Vital statistics of India. Vol. IV, Annual returns from 1871 to 1876. British Army of India, Native Army and jails of Bengal
Year: 1871
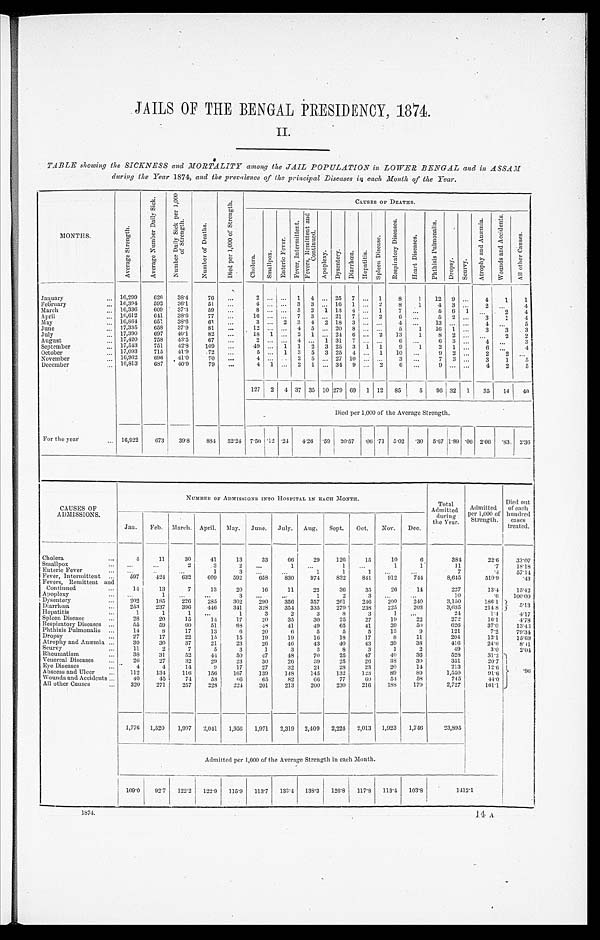
JAILS OF THE BENGAL PRESIDENCY, 1874.
II.
TABLE showing the SICKNESS and MORTALITY among the JAIL POPULATION in LOWER BENGAL and in ASSAM
during the Year 1874, and the prevalence of the principal Diseases in each Month of the Year.
MONTHS.
A v e r a g e s t r e n g t h .
A v e r a g e N u m b e r D a i l y S i c k .
N u m b e r D a i l y S i c k p e r 1 , 0 0 0 o f S t r e n g t h .
N u m b e r o f D e a t h s .
D i e d p e r 1 , 0 0 0 o f S t r e n g t h .
CAUSES OF DEATHS.
C h o l e r a . S m a l l p o x .
E n t e r i c F e v e r .
F e v e r , I n t e r m i t t e n t .
F e v e r s , R e m i t t e n t a n d
C o n t i n u e d .
A p o p l e x y .
D y s e n t e r y . D i a r r h œ a . H e p a t i t i s . S p l e e n D i s e a s e .
R e s p i r a t o r y D i s e a s e s .
H e a r t D i s e a s e s .
P h t h i s i s P u l m o n a l i s .
D r o p s y .
S c u r v y .
A t r o p h y a n d A n æ m i a .
W o u n d s a n d A c c i d e n t s .
A l l o t h e r C a u s e s .
January
16,299 626 38.4
76
2
1 4
25 7
1 8 1 12 9
4 1 1
February
16,394 592 36.1
51
4
3 3
16 1
2 8 1 4 3
2
4
March
16,336 609 37.3
59
8
5 2 1 13 4
1
7
5 6 1
2 4
April
16,612 641 38.6
77
16
7 3
21 7
2 6
5 2
3 1 4
M a y 16,864 651 38.6
61
3
2 3 4 2 18 3
4
1 3
4
5
June
17,335 658 37.9
81
12
4 5
20 8
5 1 16 1
3 3 3
J u l y 17,390 697 40.1
82
18 1
2 1
24 6
2 13 1 8 2
2 2
A u g i s t
17,420 758 43.5
67
2
4
1 3 1 7
6
6 3
4
3
September
17,543 751 42.8 109
49
1 1 2 3 25 3 1 1 9 1 2 1
6
4
October
17,093 715 41.9
72
5
1 3 5 3 25 4
1 10
9 2
2
2
November
16,962 696 41.0 70
4
2 5
27 10
3
7 3
3 1
5
December
1 6 , 8 1 3 687 40.9 79
4 1
2 1
34 9
2 6
9
4 2 5
127 2 4 37 35 10 279 69 1 12
8 5 5 96 32 1 35 14 40
Died per 1,000 of the Average Strength.
For the year
16,922 673 39.8 884 52.21 7.50 . 1 2 .24 4 . 2 6
.59 20.57 .06 .71 5.02 .30 5.67 1. 89 .06 2.06 .83 2.36
CAUSES OF
ADMISSIONS.
NUMBER OF ADMISSIONS INTO HOSPITAL IN EACH MONTH.
Total
Admitted
during
the Year.
Admitted
per 1,000 of
Strength.
Died out
of each
hundred cases
treated.
Jan. Feb. March. April. May. June. July. Aug. Sept. Oct. Nov. Dec.
Cholera
4
11
30
41
13
33
66
29 126
15
10
6
384
22.6 33.07
Smallpox
2
3
2
1
1
1
1
11
.7
18.18
Enteric Fever
1
3
1
1
1
7
.4
5 7 . 1 4
Fever, Intermittent
597 424 632 609 592 658 830 974 832 841 912 744
8,645
510.9
.43
Fevers, Remittent and
Continued
14
13
7
13
20
16
11
22
36
35
26
14
227
13.4 1 5 . 4 2
A p o p l e x y
Dysentery
202
1
185 226 285
3
302 290 356
1
357
2
261
3
246 200 240
1 0
3,150
. 6
186.1 100.00 5.13
Diarrhœa
253 237 396 446 341 328 354 335 279 238 225 203
3,635
214 8
Hepatitis
1
1
1
1
3
2
3
8
3
1
24
1.4
4 . 1 7
Spleen Disease
28
20
15
14
17
20
35
30
25
27
19
22
272
16.1
4 . 7 8
Respiratory Diseases
55
59
60
51
63
48
41
49
65
41
39
50
626
37.0 1 3 . 4 3
Phthisis Pulmonalis 14
8
17
13
6
20
6
5
5
5
13
9
121
7.2 7 9 . 3 4
Dropsy
27
17
22
15
15
19
19
16
18
17
8
11
204
12.1
1 5 . 6 9
Atrophy and Anæmia 30
30
37
21
23
26
46
43
40
43
39
38
416
24.6
8.11
Scurvy
11
2
7
5
3
1
3
3
8
3
1
2
49
3.0
2 . 0 4
Rheumatism
38
31
52
44
50
47
48
70
25
47
40
36
528
31.2 . 96
Venereal Diseases
26 27
32
29
23
30
26
39
25
26
38
30
351
20.7
Eye Diseases
4
4
14
9
17
27
32
21
28
23
20
14
213
12.6
Abscess and Ulcer
112 134 116 156 167 139 148 145 132 123
89
89
1,550
91.6
Wounds and Accidents
40
45
74 58
66
65
82
66
77
6 0 54
58
745
44.0
All other Causes
320 271
257 228 224 201 213 200 230 216 188 179
2,727
161.1
1,776 1,520 1,997 2,041 1,956 1,971 2,319 2,409 2,224 2,013 1,923 1,746
23,895
Admitted per 1,000 of the Average Strength in each Month.
109.0 92.7 122.2 122.9 115.9 113.7 133.4 138.3 126.8 117.8 1 1 3 . 4
103.8
1412.1
1874
14 A